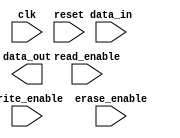
module eeprom (
    input wire clk,
    input wire reset,
    input wire write_enable,
    input wire read_enable,
    input wire erase_enable,
    input wire [7:0] data_in,
    output reg [7:0] data_out
);

reg [7:0] memory_array [0:255]; // Example memory array with 256 locations

reg [7:0] address;

// State definitions
parameter IDLE = 2'b00;
parameter READ = 2'b01;
parameter WRITE = 2'b10;
parameter ERASE = 2'b11;

reg [1:0] state;
reg [7:0] output_data;

always @(posedge clk or posedge reset) begin
    if (reset) begin
        state <= IDLE;
    end else begin
        case(state)
            IDLE: begin
                if (read_enable) begin
                    state <= READ;
                end else if (write_enable) begin
                    state <= WRITE;
                end else if (erase_enable) begin
                    state <= ERASE;
                end
            end
            READ: begin
                output_data <= memory_array[address];
                state <= IDLE;
            end
            WRITE: begin
                memory_array[address] <= data_in;
                state <= IDLE;
            end
            ERASE: begin
                memory_array[address] <= 8'b00000000;
                state <= IDLE;
            end
        endcase
    end
end

endmodule